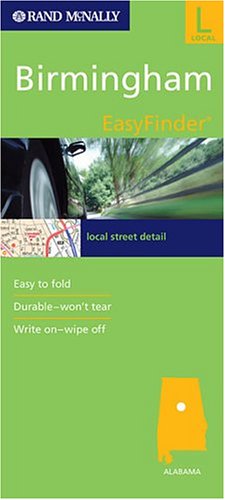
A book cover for Rand McNally Birmingham, Alabama (Rand McNally Easyfinder); Rand McNally and Company; Travel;